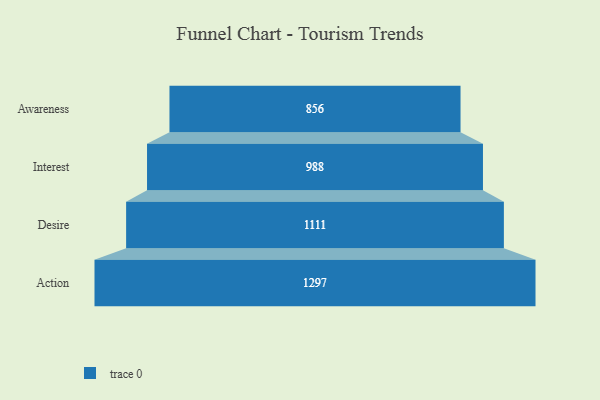
{"axis": {"x": "Stage", "y": "Value"}, "legend": [""], "data": [{"x": "Awareness", "y": 856.0, "type": ""}, {"x": "Interest", "y": 988.0, "type": ""}, {"x": "Desire", "y": 1111.0, "type": ""}, {"x": "Action", "y": 1297.0, "type": ""}]}